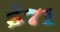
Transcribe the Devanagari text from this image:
ई७१